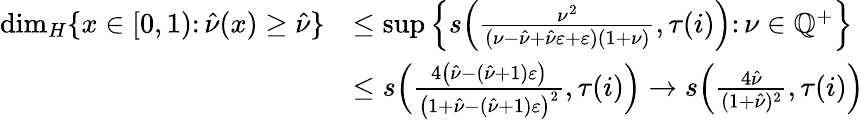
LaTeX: \begin{array}{rl}{\dim_{H}\{ x\in[0,1)\colon\hat{\nu}(x)\ge\hat{\nu}\} }&{\leq\operatorname*{sup}\left\{ s\Big(\frac{\nu^{2}}{(\nu-\hat{\nu}+\hat{\nu}\varepsilon+\varepsilon)(1+\nu)},{\tau(i)}\Big)\colon\nu\in\mathbb{Q}^{+}\right\} }\\ &{\leq s\Big(\frac{4\big(\hat{\nu}-(\hat{\nu}+1)\varepsilon\big)}{\big(1+\hat{\nu}-(\hat{\nu}+1)\varepsilon\big)^{2}},{\tau(i)}\Big)\rightarrow s\Big(\frac{4\hat{\nu}}{(1+\hat{\nu})^{2}},{\tau(i)}\Big)}\end{array}